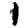
Digit: 1